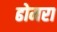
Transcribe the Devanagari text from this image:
ढोमरा